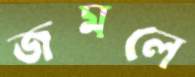
জমলে